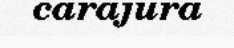
carajura